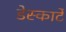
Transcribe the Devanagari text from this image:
डेस्कार्टे